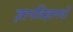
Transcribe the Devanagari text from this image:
ज्ञानविज्ञानदो